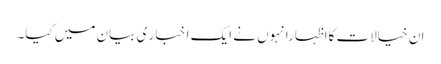
ان خیالات کااظہارانہوں نے ایک ا خبا ر ی بیان میں کیا۔